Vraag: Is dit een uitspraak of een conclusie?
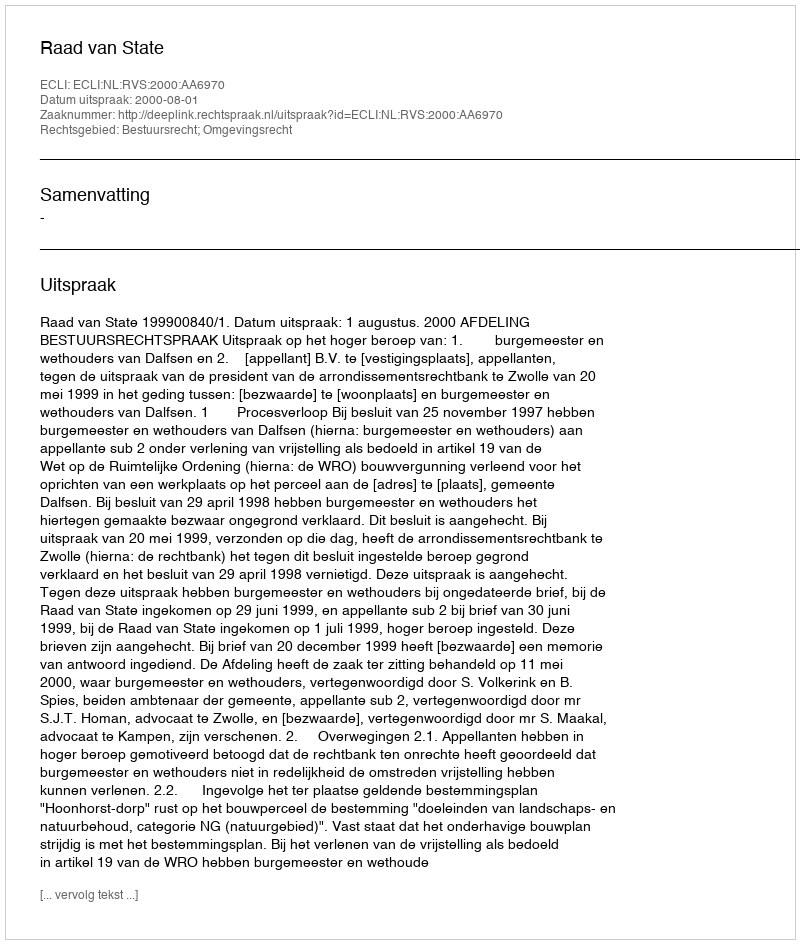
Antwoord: Uitspraak